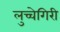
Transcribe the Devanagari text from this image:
लुच्चेगिरी